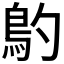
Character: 𩾡